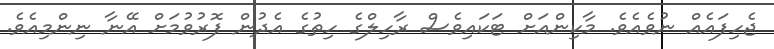
ޖެހިފައެއް ނުވެއެވެ. މާކިންއަށް ޓަކައިވެސް ރާހިލްގެ ހިތުގެ އެދުން ފޮރުވުމަށް އޭނާ ނިންމިއެވެ.